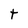
Character: t